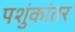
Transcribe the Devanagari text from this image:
पशुंकांतर